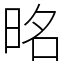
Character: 㫥